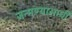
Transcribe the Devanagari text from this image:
जन्मण्याआधी